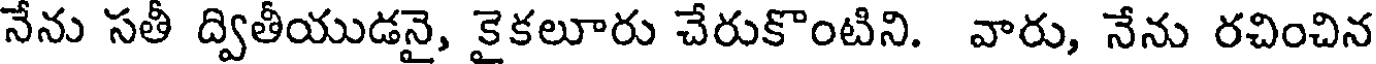
నేను సతీ ద్వితీయుడనై, కైకలూరు చేరుకొంటిని. వారు, నేను రచించిన